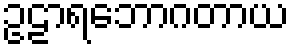
ဥဠာရဘောဂတာယ